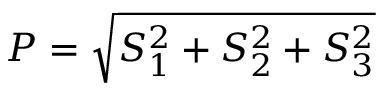
P = { \sqrt { S _ { 1 } ^ { 2 } + S _ { 2 } ^ { 2 } + S _ { 3 } ^ { 2 } } }